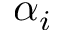
\alpha _ { i }